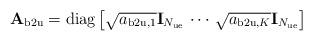
LaTeX: \begin{align*}\mathbf{A}_{\mathrm{b2u}}=\mathrm{diag} \left[\sqrt{a_{\mathrm{b2u},1}}\mathbf{I}_{N_{\mathrm{ue}}} \, \cdots \, \sqrt{a_{\mathrm{b2u},K}}\mathbf{I}_{N_{\mathrm{ue}}} \right]\end{align*}